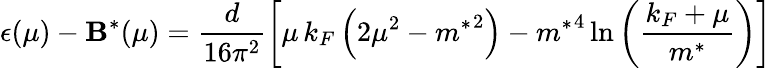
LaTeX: \epsilon(\mu)-\mathbf{B}^{*}(\mu)=\frac{{d}}{{16\pi^{2}}}\left[\mu\, k_{F}\left(2\mu^{2}-{m^{*}}^{2}\right)-{m^{*}}^{4}\ln{\left(\frac{{k_{F}+\mu}}{{m^{*}}}\right)}\right]